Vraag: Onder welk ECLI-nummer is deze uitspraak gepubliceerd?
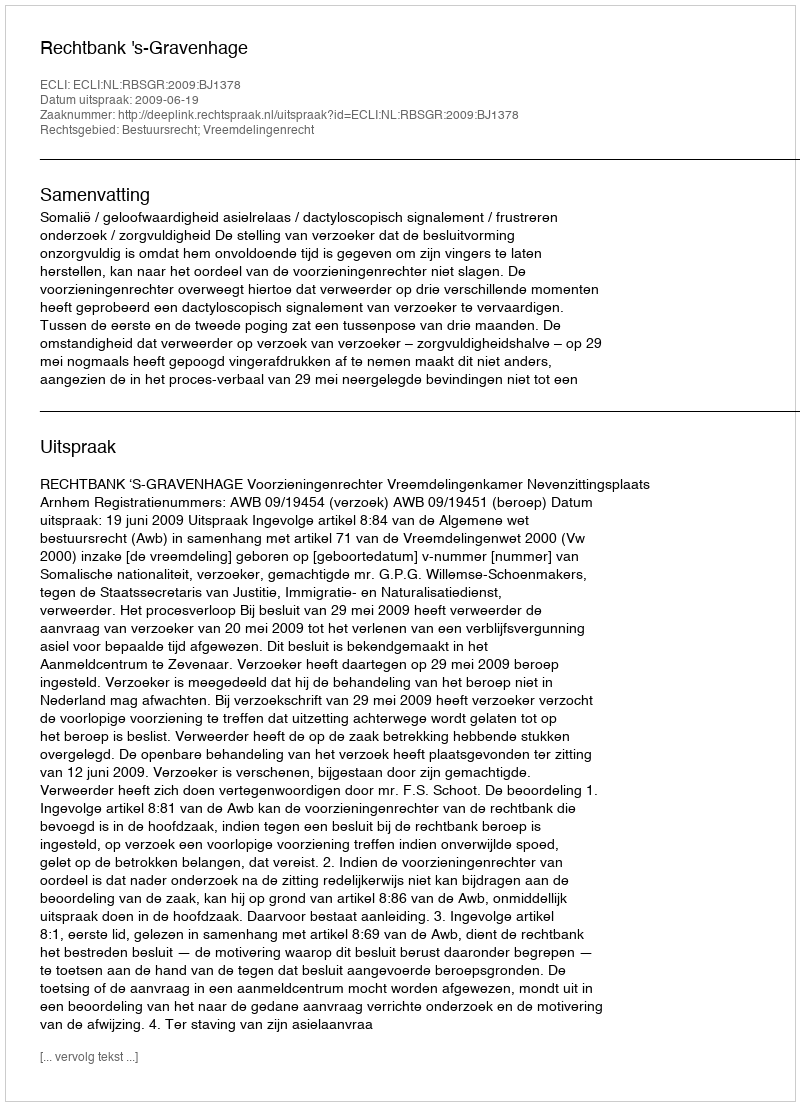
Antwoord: ECLI:NL:RBSGR:2009:BJ1378